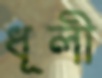
ধূলী